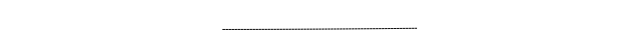
-----------------------------------------------------------------